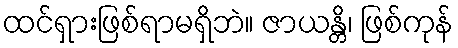
ထင်ရှားဖြစ်ရာမရှိဘဲ။ ဇာယန္တိ၊ ဖြစ်ကုန်